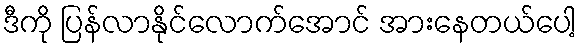
ဒီကို ပြန်လာနိုင်လောက်အောင် အားနေတယ်ပေါ့